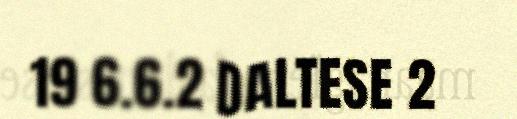
19 6.6.2 DALTESE 2